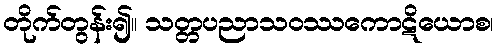
တိုက်တွန်း၍။ သတ္တပညာသဝဿကောဋိယောစ၊